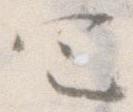
包